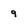
Character: 9